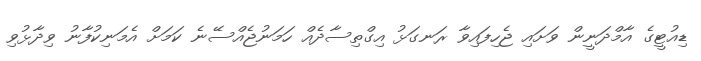
ޑިއުޓީގެ އާމްްދަނީން ވަށައި ޖެހިފައިވާ ރަނގަޅު އިގްތިސާދެއް ހަމަނުޖެއްސޭނެ ކަމަށް އެމަނިކުފާނު ވިދާޅުވި